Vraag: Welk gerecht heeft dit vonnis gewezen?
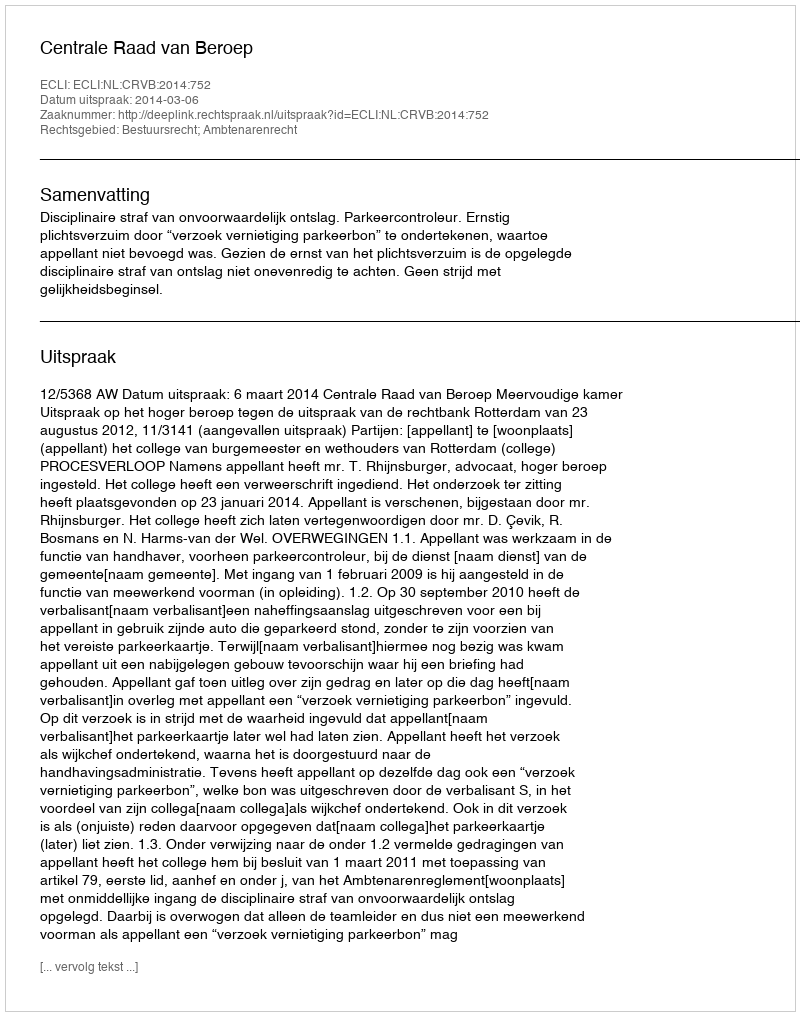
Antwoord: Centrale Raad van Beroep